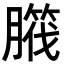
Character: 𦠱